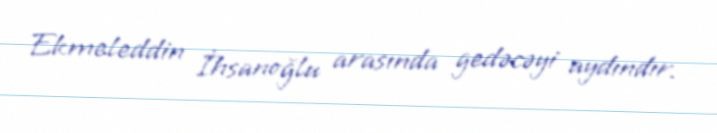
Ekmeleddin İhsanoğlu arasında gedəcəyi aydındır.